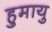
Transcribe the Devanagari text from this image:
हुमायु